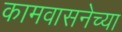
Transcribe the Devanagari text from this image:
कामवासनेच्या